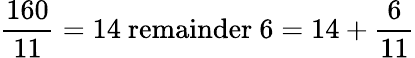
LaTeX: {\frac{160}{11}}=14{\mathrm{~remainder~}}6=14+{\frac{6}{11}}